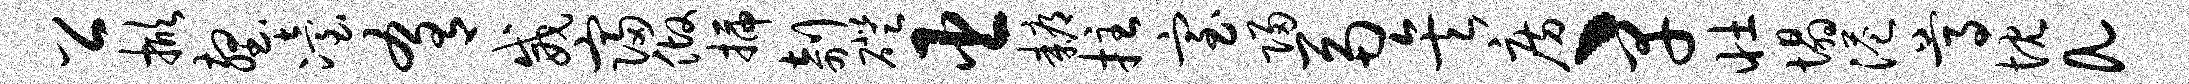
公掀壑冶肴威寝做插剞磴臣耨拄室归鬲矣房丶早壮塌港尊忱a